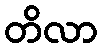
တိလာ